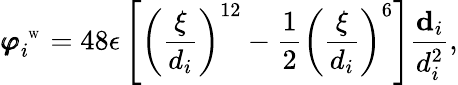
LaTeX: {\pmb\varphi}_{i}^{\mathrm{~\tiny~W~}}=48\epsilon\left[\left(\frac{\xi}{d_{i}}\right)^{12}-\frac{1}{2}\left(\frac{\xi}{d_{i}}\right)^{6}\right]\frac{{\mathbf d}_{i}}{d_{i}^{2}},